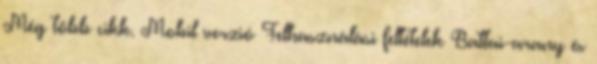
Még több cikk. Mobil verzió Felhasználási feltételek Battai-arany és